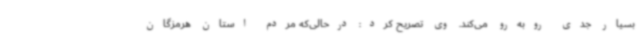
بسیار جدی روبه‌رو می‌کند. وی تصریح کرد: درحالی‌که مردم استان هرمزگان